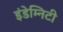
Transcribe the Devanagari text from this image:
इंडेम्निटी